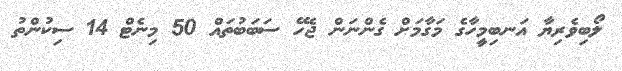
ލޯބިވެރިޔާ އަނބިމީހާގެ މަގާމަށް ގެންނަން ޖެހޭ ސަބަބުތައް 50 މިނެޓް 14 ސިކުންތު